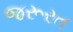
જરૂરત